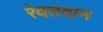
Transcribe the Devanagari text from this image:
रेवतदान